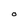
Character: O